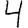
Digit: 4